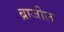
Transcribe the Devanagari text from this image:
ब्राजील